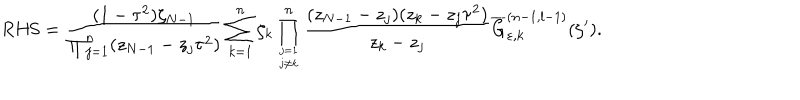
LaTeX: \mathrm { R H S } = \displaystyle \frac { ( 1 - \tau ^ { 2 } ) \zeta _ { N - 1 } } { \prod _ { j = 1 } ^ { n } ( z _ { N - 1 } - z _ { j } \tau ^ { 2 } ) } \sum _ { k = 1 } ^ { n } \zeta _ { k } \displaystyle \prod _ { j = 1 \atop j \neq k } ^ { n } \frac { ( z _ { N - 1 } - z _ { j } ) ( z _ { k } - z _ { j } \tau ^ { 2 } ) } { z _ { k } - z _ { j } } \displaystyle \overline { { { G } } } _ { \varepsilon , k } ^ { ( n - 1 , l - 1 ) } ( \zeta ^ { \prime } ) .